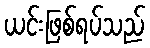
ယင်းဖြစ်ရပ်သည်